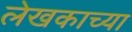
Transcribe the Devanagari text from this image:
लेखकाच्‍या